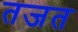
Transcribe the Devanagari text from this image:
तजत